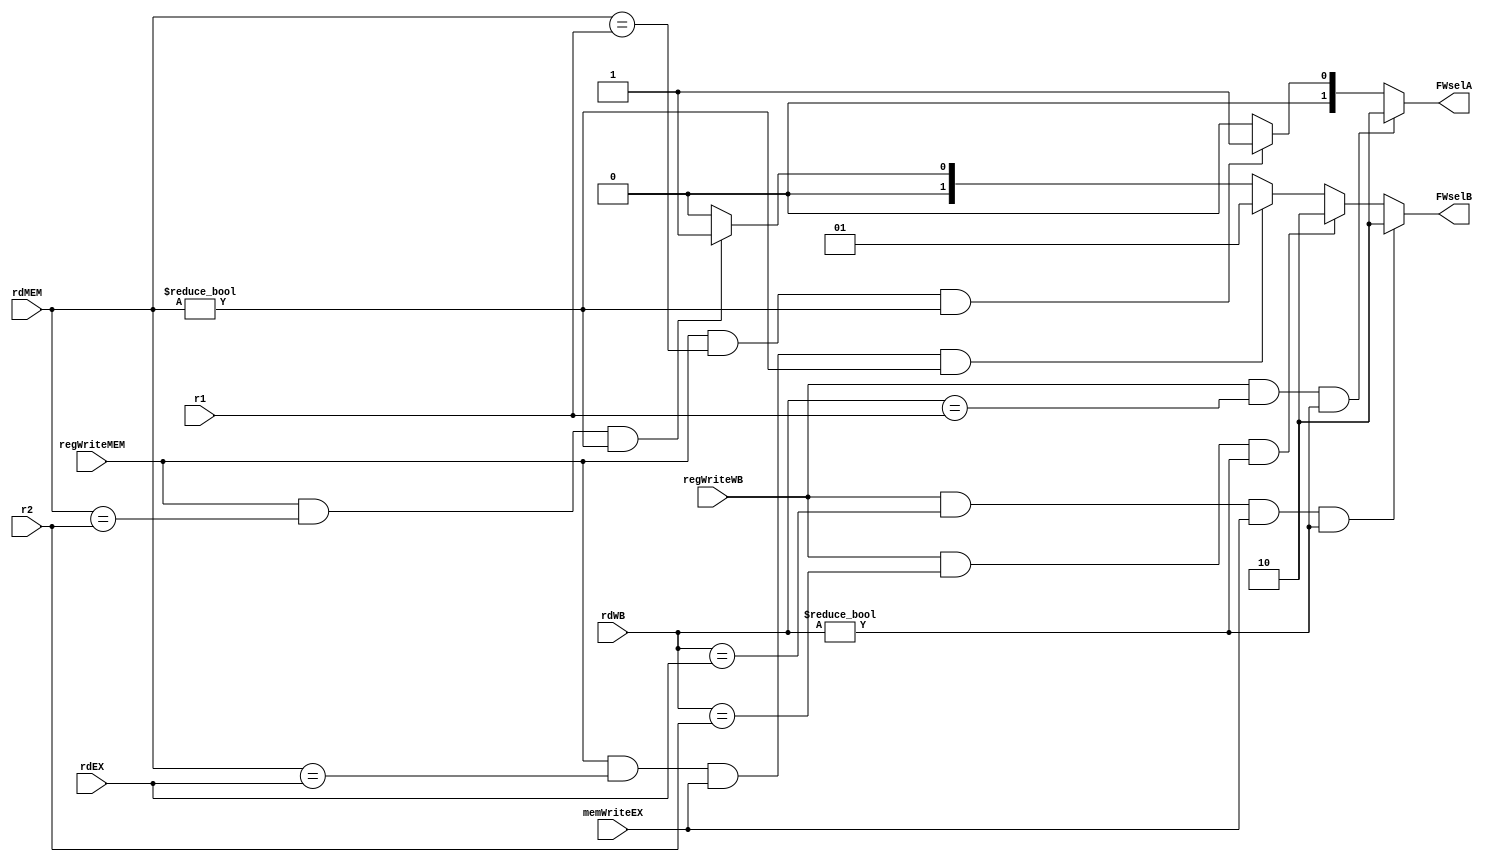
module FWUnit(
	input [2:0] rdMEM,
	input [2:0] rdWB,
	input [2:0] rdEX,
	input [2:0] r1,
	input [2:0] r2,
	input regWriteMEM,
	input regWriteWB,
	input memWriteEX,
	output reg [1:0] FWselA,
	output reg [1:0] FWselB
);
	
	always @(*) begin
		{FWselA, FWselB} = 4'b0;

		// MEM
		if (regWriteMEM &&  rdMEM == r1  && rdMEM != 3'b0)
			FWselA = 2'b01;
		if (regWriteMEM &&  rdMEM == r2  && rdMEM != 3'b0)
			FWselB = 2'b01;
		if (regWriteMEM &&  rdMEM == rdEX  && memWriteEX && rdMEM != 3'b0)
			FWselB = 2'b01;		

		// WB
		if (regWriteWB &&  rdWB == r1  && rdWB != 3'b0)
			FWselA = 2'b10;
		if (regWriteWB &&  rdWB == r2  && rdWB != 3'b0)
			FWselB = 2'b10;	
		if (regWriteWB &&  rdWB == rdEX  && memWriteEX && rdWB != 3'b0)
			FWselB = 2'b10;	
	end
endmodule